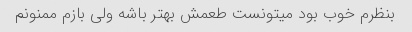
بنظرم خوب بود میتونست طعمش بهتر باشه ولی بازم ممنونم